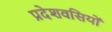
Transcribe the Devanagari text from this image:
प्रदेशवसियों